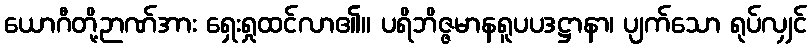
ယောဂီတို့ဉာဏ်အား ရှေးရှုထင်လာ၏။ ပရိဘိဇ္ဇမာနရူပပဒဋ္ဌာနာ၊ ပျက်သော ရုပ်လျှင်